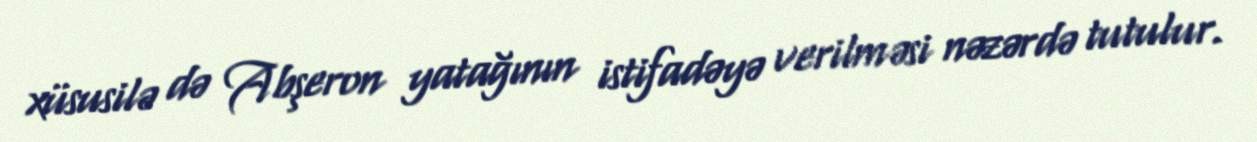
xüsusilə də Abşeron yatağının istifadəyə verilməsi nəzərdə tutulur.